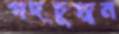
পদচুম্বন